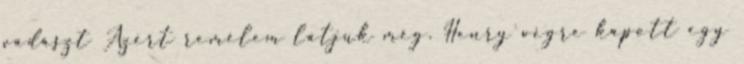
vadászt Azért remélem látjuk még. Henry végre kapott egy